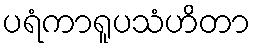
ပရံကာရူပသံဟိတာ